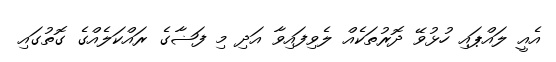
އެއީ ލައްޕައި ހުޅުވޭ ދޮރުތަކެއް ލެވިފައިވާ އަދި މި ފަޟާގެ ރައްކަލެއްގެ ގޮތުގައި